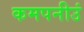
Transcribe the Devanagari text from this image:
कमपनीउं